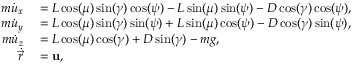
\begin{array} { r l } { m \Dot { u } _ { x } } & { { } = L \cos ( \mu ) \sin ( \gamma ) \cos ( \psi ) - L \sin ( \mu ) \sin ( \psi ) - D \cos ( \gamma ) \cos ( \psi ) , } \\ { m \Dot { u } _ { y } } & { { } = L \cos ( \mu ) \sin ( \gamma ) \sin ( \psi ) + L \sin ( \mu ) \cos ( \psi ) - D \cos ( \gamma ) \sin ( \psi ) , } \\ { m \Dot { u } _ { z } } & { { } = L \cos ( \mu ) \cos ( \gamma ) + D \sin ( \gamma ) - m g , } \\ { \Dot { \vec { r } } } & { { } = \mathbf { u } , } \end{array}